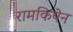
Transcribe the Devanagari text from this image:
रामकियेन